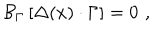
LaTeX: { \cal B } _ { \Gamma } \left[ \Delta ( x ) \cdot \Gamma \right] = 0 \, \, ,